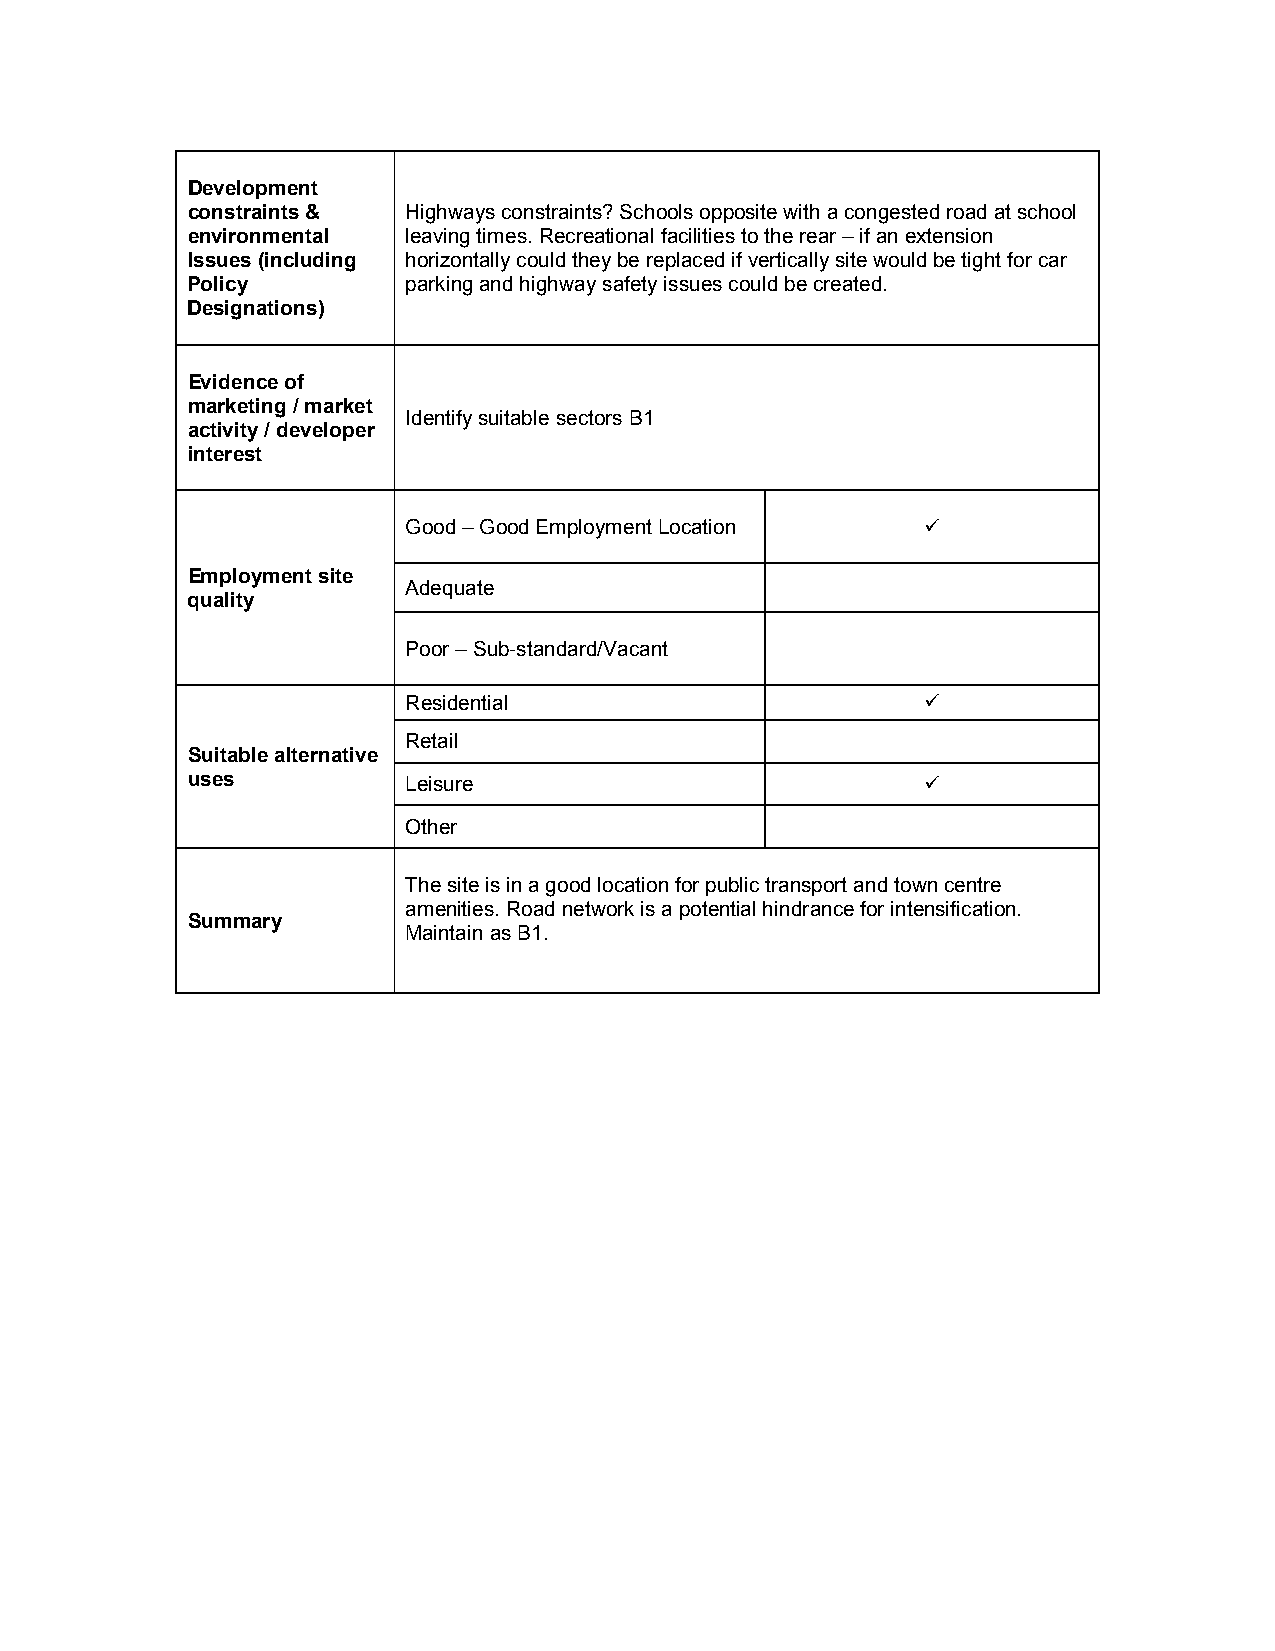
Development
 constraints &  Highways constraints? Schools opposite with a congested road at school
 environmental  leaving times. Recreational facilities to the rear – if an extension
 Issues (including horizontally could they be replaced if vertically site would be tight for car
 Policy         parking and highway safety issues could be created.
 Designations)
 Evidence of
 marketing / market
 Identify suitable sectors B1
 activity / developer
 interest
 Good – Good Employment Location   
 Employment site
 Adequate
 quality
 Poor – Sub-standard/Vacant
 Residential                       
 Retail
 Suitable alternative
 uses           Leisure                           
 Other
 The site is in a good location for public transport and town centre
 amenities. Road network is a potential hindrance for intensification.
 Summary
 Maintain as B1.